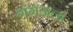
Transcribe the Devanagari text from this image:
गंगजला